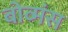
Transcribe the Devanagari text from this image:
बोव्मंस